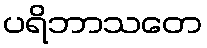
ပရိဘာသတေ